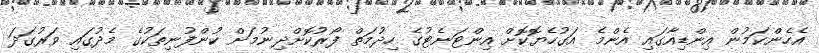
އެހެންކަމުން އިންޑިއާގައި އެންމެ އަގުހެޔޮކޮށް އިންޓަނެޓުގެ ހިދުމަތް ފޯރުކޮށްދިނުމަށް ކުންފުނިތަކުގެ މެދުގައި ވަރުގަދަ